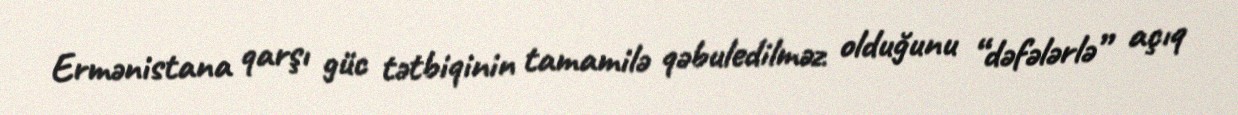
Ermənistana qarşı güc tətbiqinin tamamilə qəbuledilməz olduğunu “dəfələrlə” açıq